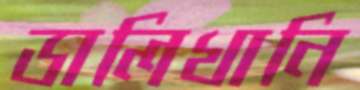
ডালিখানি